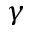
\gamma